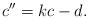
LaTeX: \begin{align*}c''=kc-d.\end{align*}